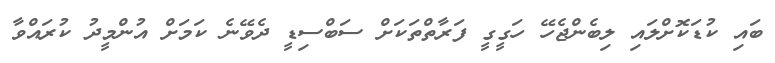
ބައި ކުޑަކޮށްލައި ލިބެންޖެހޭ ހަގީގީ ފަރާތްތަކަށް ސަބްސިޑީ ދެވޭނެ ކަމަށް އުންމީދު ކުރައްވާ